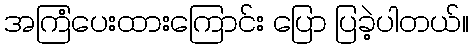
အကြံပေးထားကြောင်း ပြော ပြခဲ့ပါတယ်။